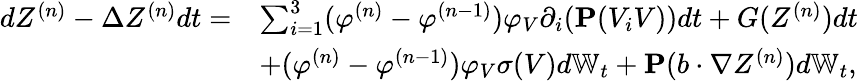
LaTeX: \begin{array}{rl}{dZ^{(n)}-\Delta Z^{(n)}dt=}&{\sum_{i=1}^{3}(\varphi^{(n)}-\varphi^{(n-1)})\varphi_{V}\partial_{i}(\mathbf{P}(V_{i}V))dt+G(Z^{(n)})dt}\\ &{+(\varphi^{(n)}-\varphi^{(n-1)})\varphi_{V}\sigma(V)d\mathbb{W}_{t}+\mathbf{P}(b\cdot\nabla Z^{(n)})d\mathbb{W}_{t},}\end{array}